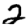
Digit: 2